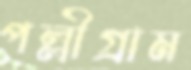
পল্লীগ্রাম